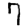
Digit: 7